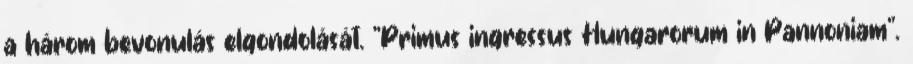
a három bevonulás elgondolását. "Primus ingressus Hungarorum in Pannoniam".